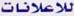
للاعلانات